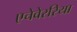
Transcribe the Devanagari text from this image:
एचेवेररिया